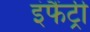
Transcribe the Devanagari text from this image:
इंफैंट्री